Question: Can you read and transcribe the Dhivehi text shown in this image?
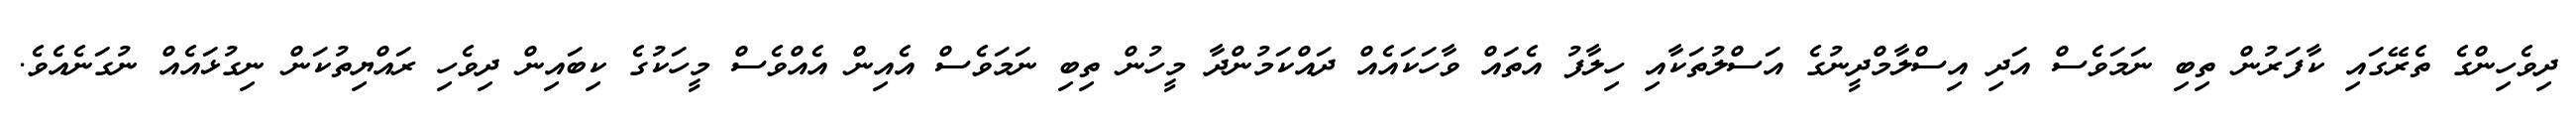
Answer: ދިވެހިންގެ ތެރޭގައި ކާފަރުން ތިބި ނަމަވެސް އަދި އިސްލާމްދީނުގެ އަސްލުތަކާއި ހިލާފު އެތައް ވާހަކައެއް ދައްކަމުންދާ މީހުން ތިބި ނަމަވެސް އެއިން އެއްވެސް މީހަކުގެ ކިބައިން ދިވެހި ރައްޔިތުކަން ނިގުޅައެއް ނުގަނެއެވެ.